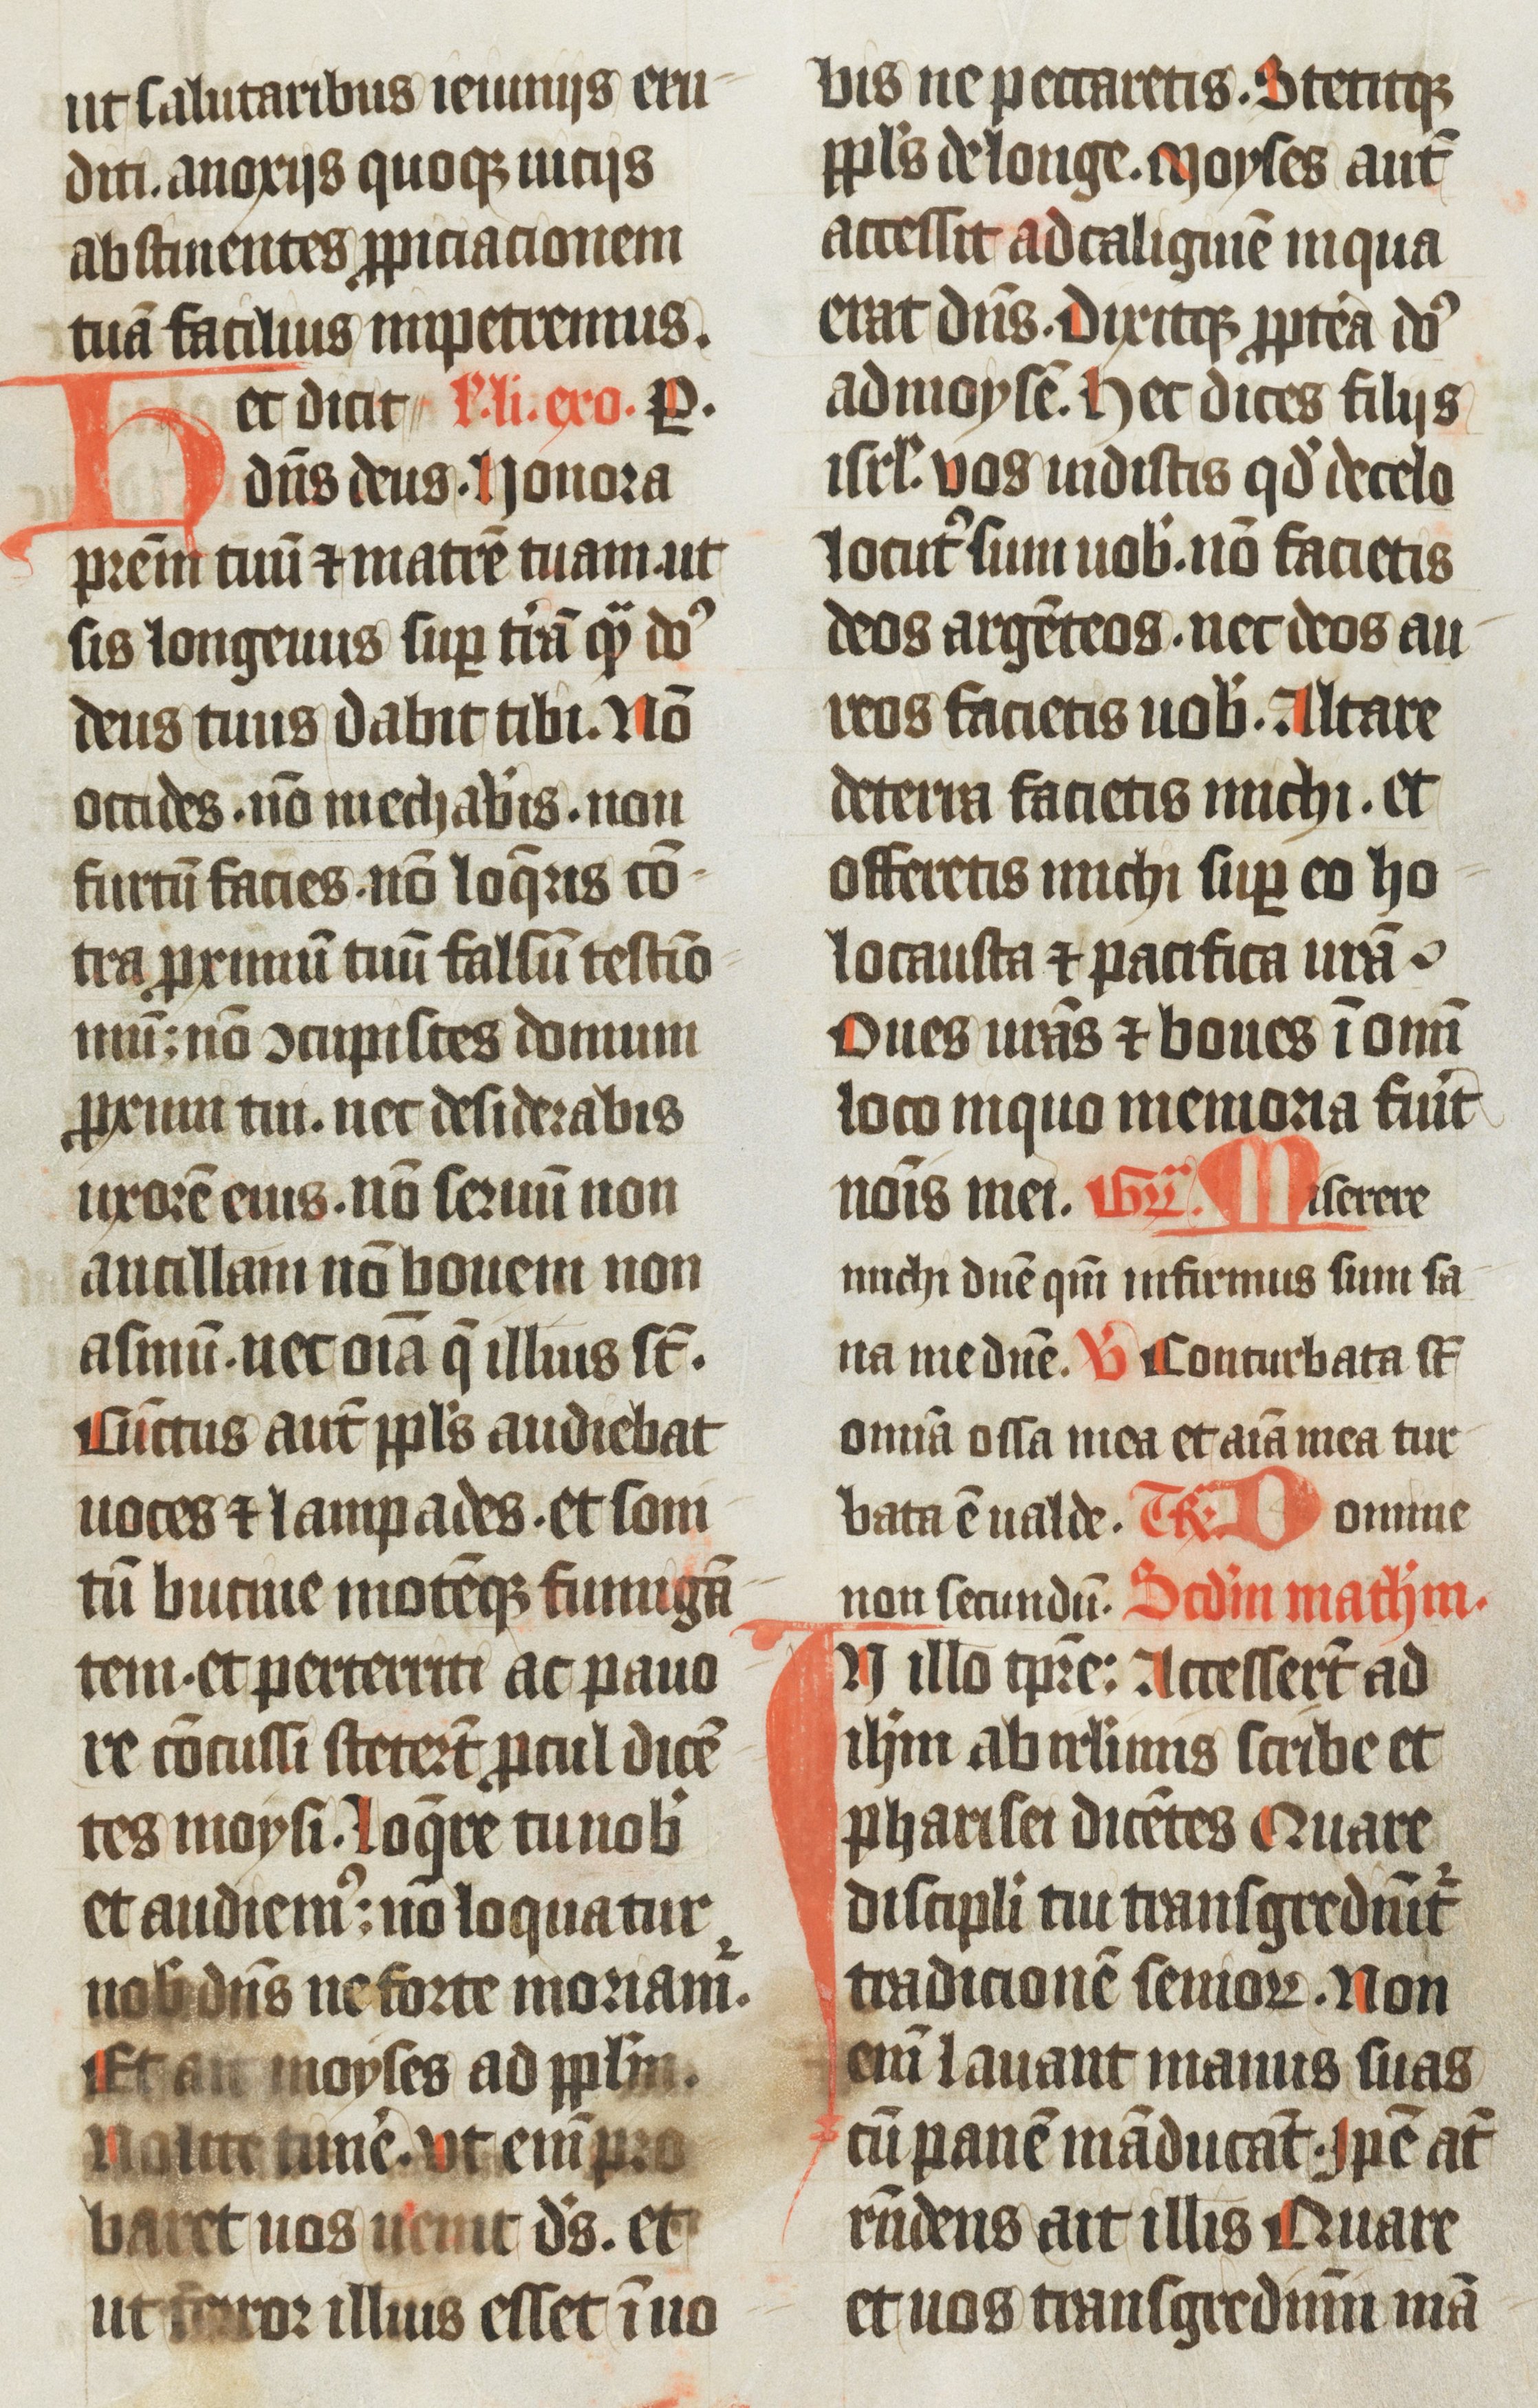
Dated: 1438–1439